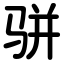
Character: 骈